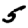
Digit: 5